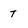
Character: t